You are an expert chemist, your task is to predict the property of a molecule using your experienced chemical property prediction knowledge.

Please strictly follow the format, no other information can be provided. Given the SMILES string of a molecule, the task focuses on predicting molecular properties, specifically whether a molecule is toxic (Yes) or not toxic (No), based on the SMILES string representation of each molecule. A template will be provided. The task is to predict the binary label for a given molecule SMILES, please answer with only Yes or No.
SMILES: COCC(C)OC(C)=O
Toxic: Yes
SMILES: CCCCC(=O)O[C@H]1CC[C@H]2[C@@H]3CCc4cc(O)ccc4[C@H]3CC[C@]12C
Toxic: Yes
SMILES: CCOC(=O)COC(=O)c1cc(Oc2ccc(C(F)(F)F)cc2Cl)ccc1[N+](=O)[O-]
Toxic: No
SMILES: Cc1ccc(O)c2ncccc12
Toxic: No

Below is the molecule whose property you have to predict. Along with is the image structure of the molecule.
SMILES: OCCCCCCO
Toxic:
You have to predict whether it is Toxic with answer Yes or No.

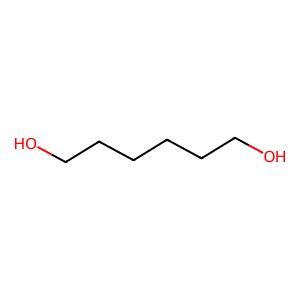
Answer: No